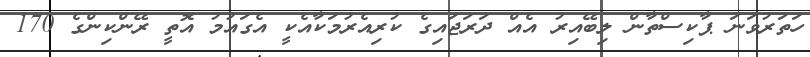
ހަތަރުވަނަ ޕާކިސްތާން ލިބޭއިރު އެއް ދަރަޖައިގެ ކުރިއެރުމަކާއެކީ އެގައުމު އޮތީ ރޭންކިންގެ 170